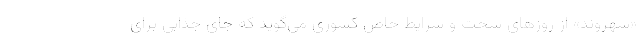
«شهروند» از روزهای سخت و شرایط خاص کشوری می‌گوید که جای جذابی برای